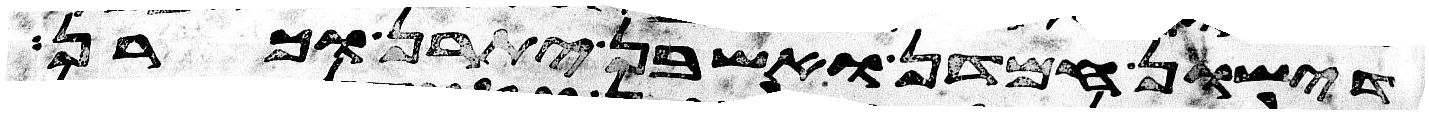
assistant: דישון חמדן ואשבן יתרן וכרן